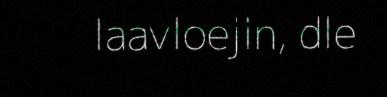
laavloejin, dle